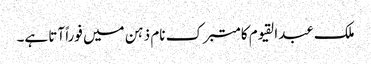
ملک عبدالقیوم کا متبرک نام ذہن میں فوراً آتا ہے۔